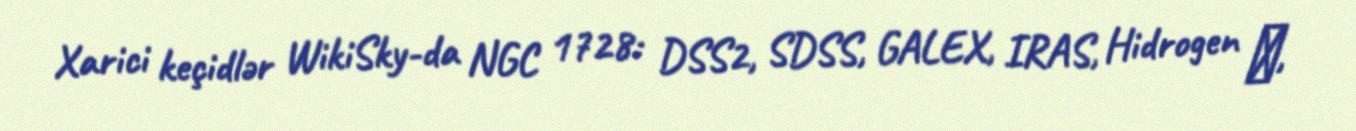
Xarici keçidlər WikiSky-da NGC 1728: DSS2, SDSS, GALEX, IRAS, Hidrogen α,